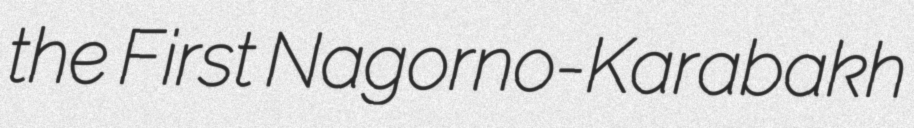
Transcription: the First Nagorno-Karabakh